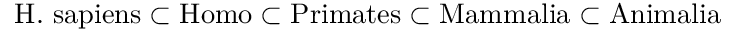
{ \mathrm { H . ~ s a p i e n s } } \subset { \mathrm { H o m o } } \subset { \mathrm { P r i m a t e s } } \subset { \mathrm { M a m m a l i a } } \subset { \mathrm { A n i m a l i a } }